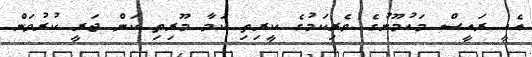
އެއީ ރައީސް މައުމޫނުގެ ވެރިކަމުގެ ކީރިތި ކަމާ މޫރިތި ކަން ޖަރީ ކުރުވަން